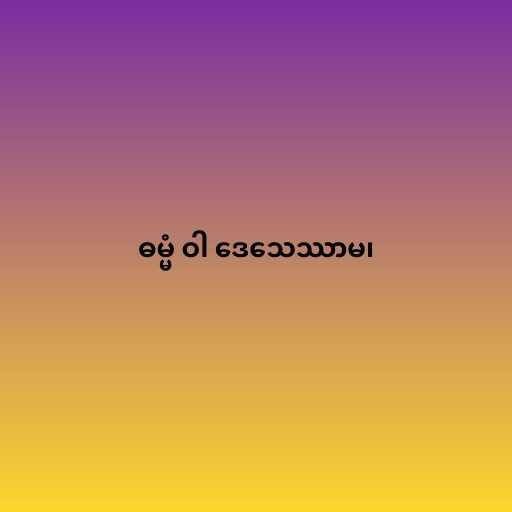
ဓမ္မံ ဝါ ဒေသေဿာမ၊